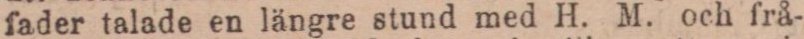
fader talade en längre stund med H. M. och frå-